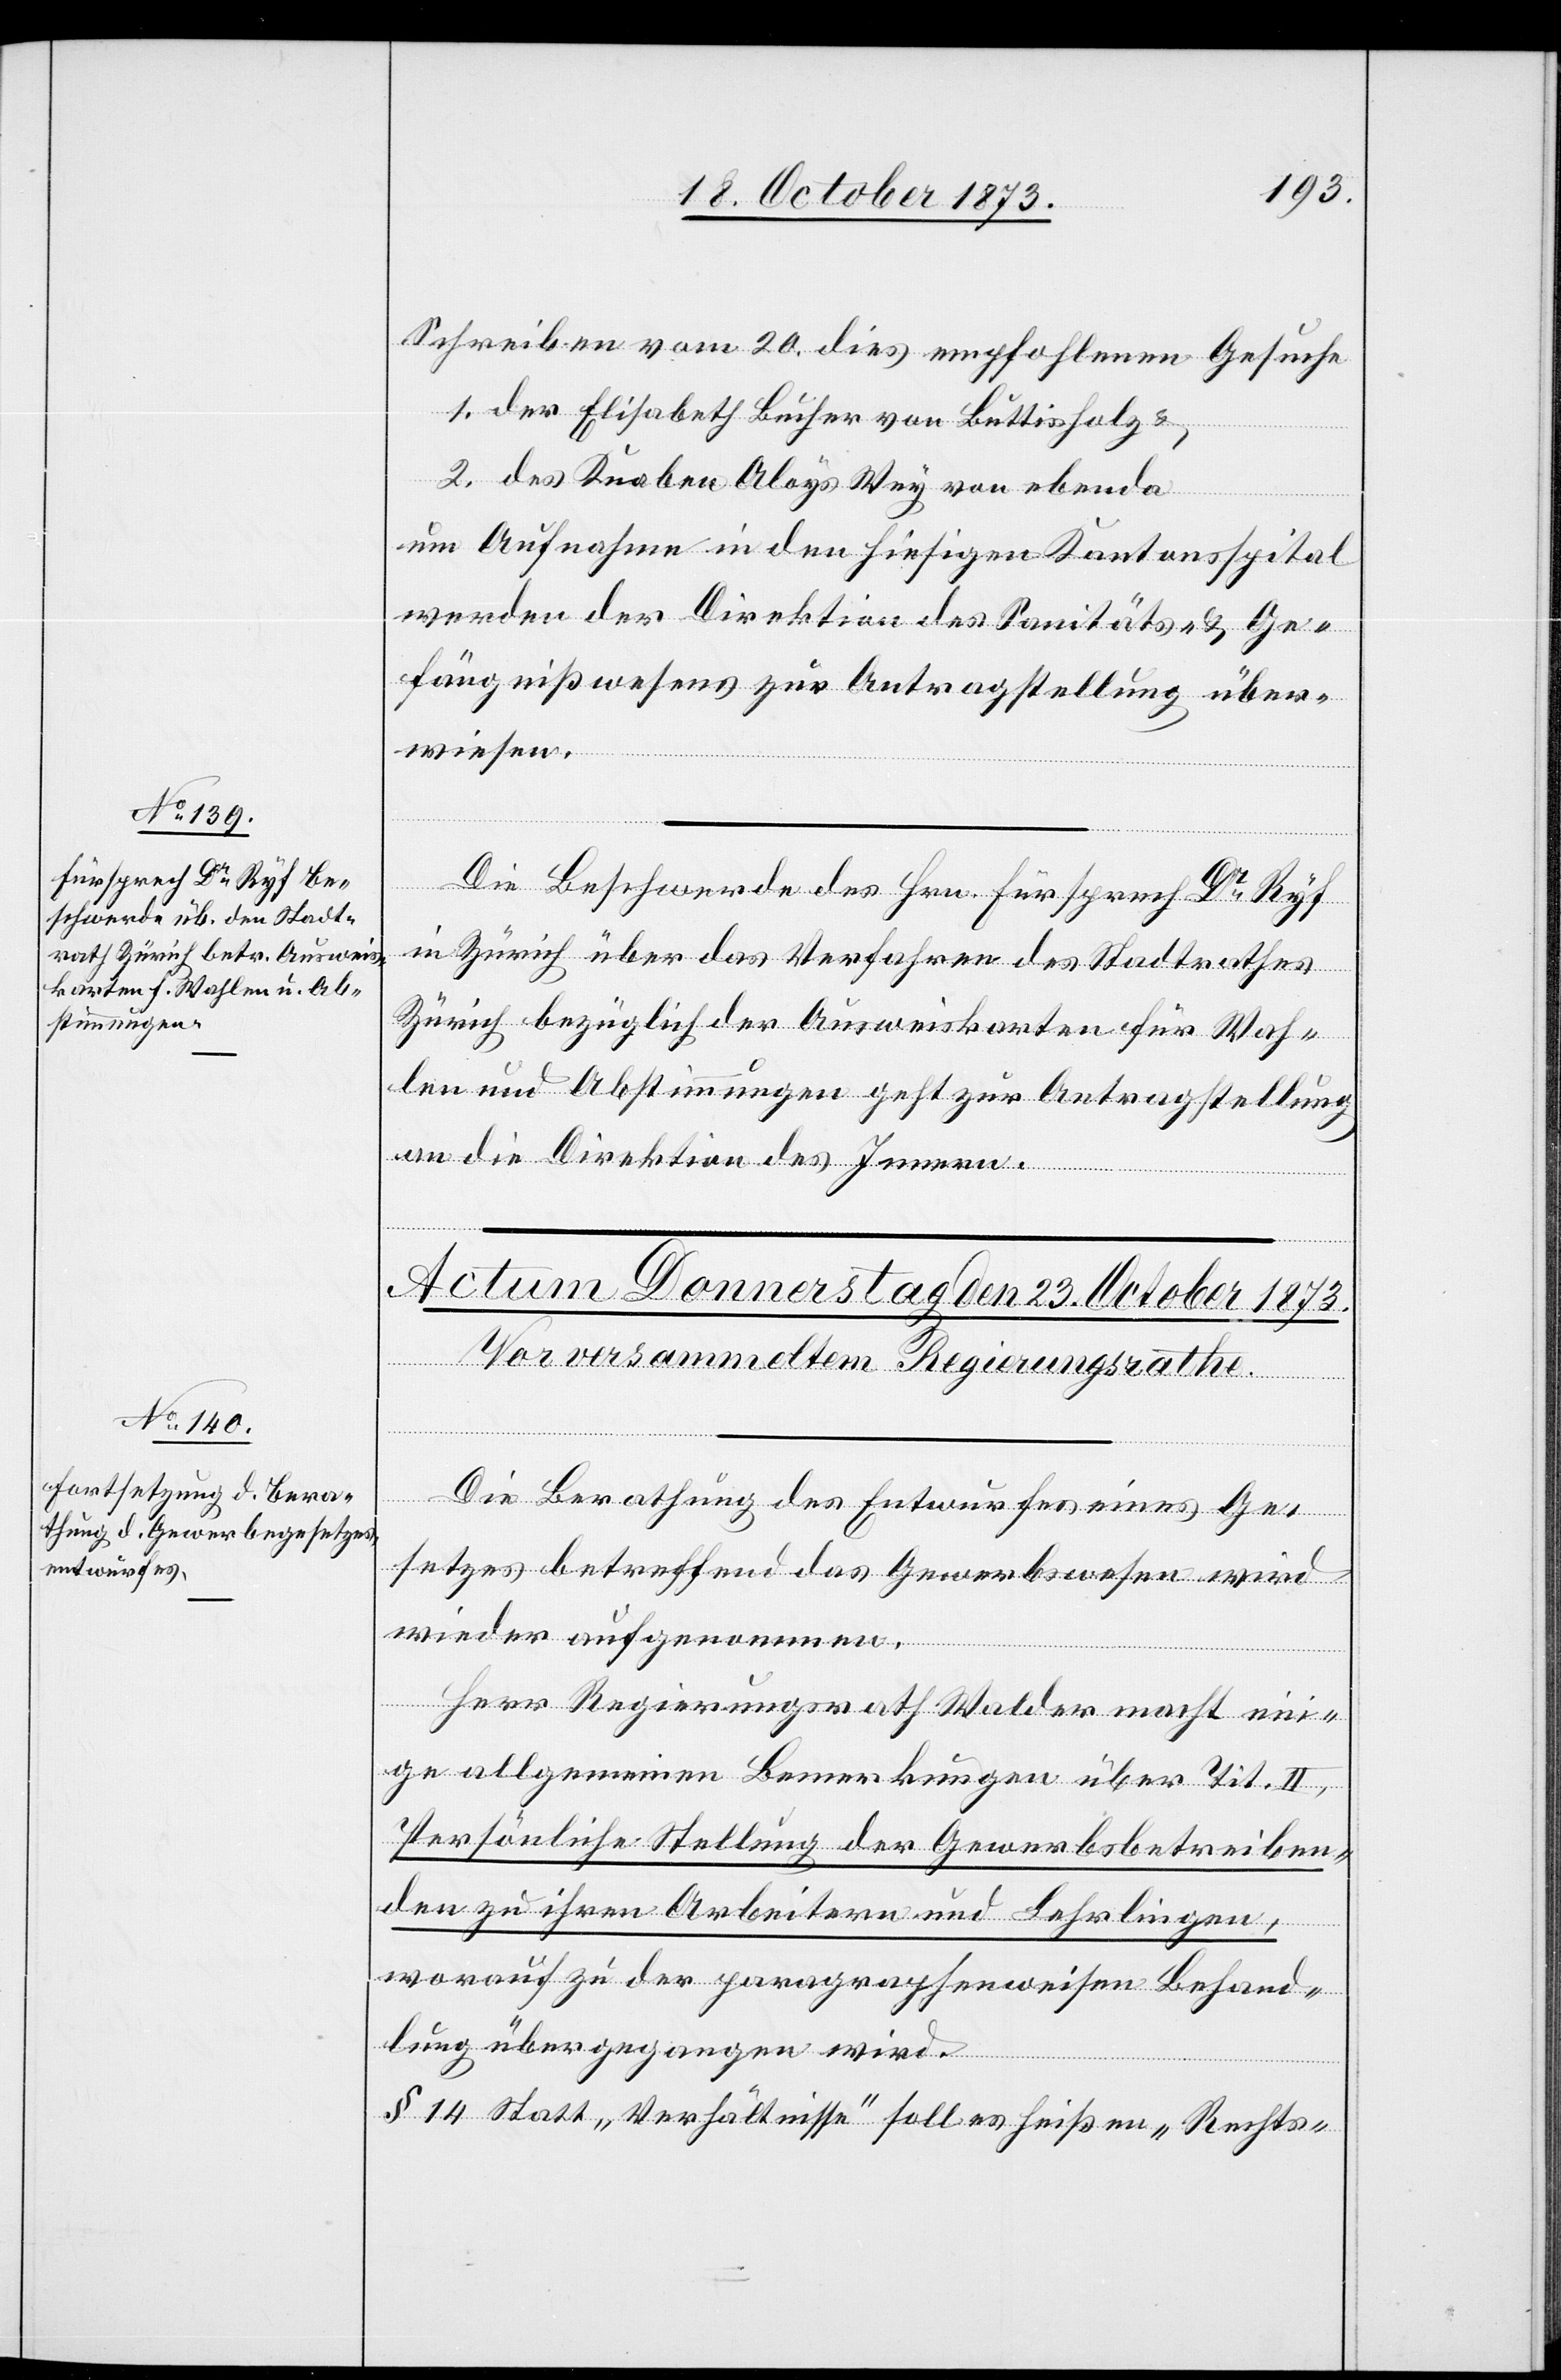
22. October 1873.]
Schreiben vom 20. dies empfohlenen Gesuche
1. der Elisabeth Bucher von Buttisholz &
2. des Knaben Aloys Wey von ebenda
um Aufnahme in den hiesigen Kantonsspital
werden der Direktion des Sanitäts- & Ge¬
fängnißwesens zur Antragstellung über¬
wiesen.
Die Beschwerde des Hrn. Fürsprech Dr Ryf
in Zürich über das Verfahren des Stadtrathes
Zürich bezüglich der Ausweiskarten für Wah¬
len und Abstimmungen geht zur Antragstellung
an die Direktion des Innern.
Die Berathung des Entwurfes eines Ge¬
setzes betreffend das Gewerbswesen wird
wieder aufgenommen.
Herr Regierungsrath Walder macht ein¬
ige allgemeinen Bemerkungen über Tit. II,
Persönliche Stellung der Gewerbsbetreiben¬
den zu ihren Arbeitern und Lehrlingen,
worauf zu der paragraphenweisen Behand¬
lung übergegangen wird.
§ 14 Statt „Verhältnisse“ soll es heißen „Rechts-